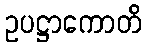
ဥပဋ္ဌာကောတိ